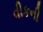
વીકની